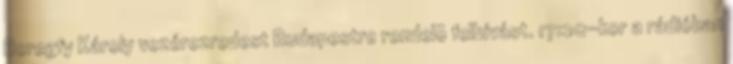
Beregfy Károly vezérezredest Budapestre rendelõ felhívást. 17:20-kor a rádióban